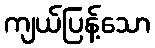
ကျယ်ပြန့်သော